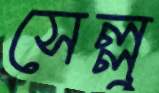
সেল্লু